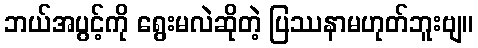
ဘယ်အပွင့်ကို ရွေးမလဲဆိုတဲ့ ပြဿနာမဟုတ်ဘူးဗျ။